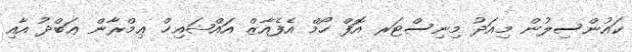
ކައުންސިލުން މިއަދު މިނިސްޓަރ އޮފް ހޯމް އެފެއާޒް އައްޝައިޚް ޢިމްރާން ޢަބްދު އާއި